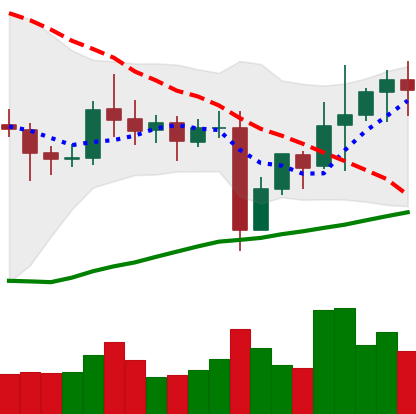
Ticker: NEO-USD
Chart end date: 2021-11-04
Forward return: 12.939%
Label: up_7plus